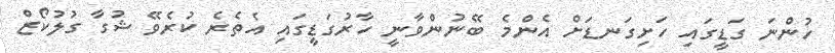
ހުންނަ ގަޑީގައި ހަށިގަނޑަށް އެންމެ ބޭނުންވާނީ ހާރުގަޑީގައި އެތެރެ ކުރެވޭ ޝުގާ ގުލުކޯޒް